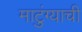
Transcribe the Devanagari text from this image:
माटुंग्याची